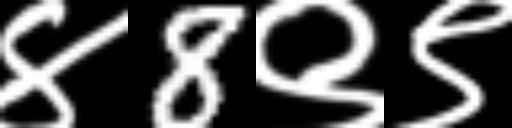
Text: ४8९९